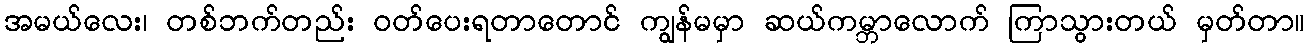
အမယ်လေး၊ တစ်ဘက်တည်း ဝတ်ပေးရတာတောင် ကျွန်မမှာ ဆယ်ကမ္ဘာလောက် ကြာသွားတယ် မှတ်တာ။